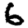
Digit: 6